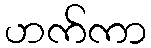
ဟက်ကာ